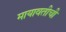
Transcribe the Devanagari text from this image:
मायावतीची